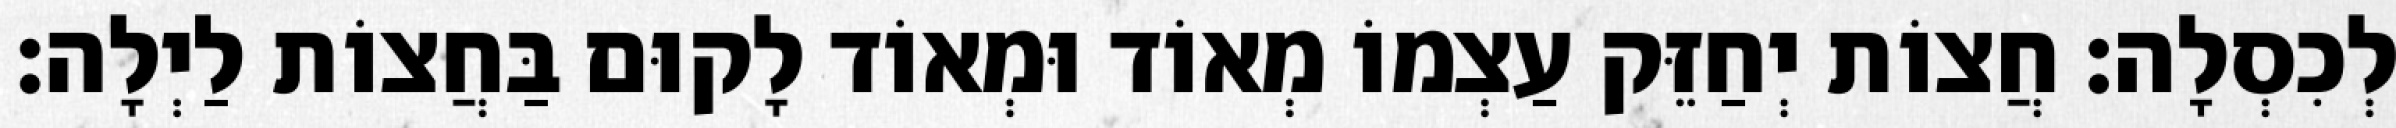
לְכִסְלָה: חֲצוֹת יְחַזֵּק עַצְמוֹ מְאוֹד וּמְאוֹד לָקוּם בַּחֲצוֹת לַיְלָה: